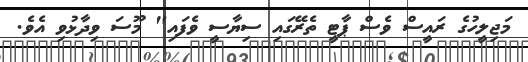
މަޖިލީހުގެ ރައީސް ވެސް ޕާޓީ ތެރޭގައި ސިޔާސީ ވެފައި" މޫސަ ވިދާޅުވި އެވެ.